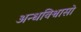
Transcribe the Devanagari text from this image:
अन्धविश्वासो